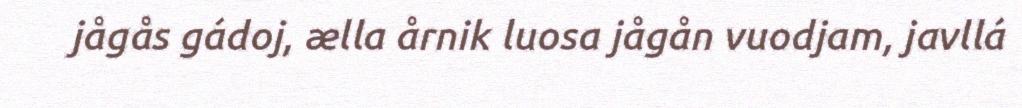
jågås gádoj, ælla årnik luosa jågån vuodjam, javllá